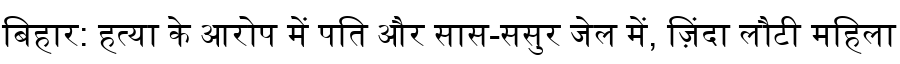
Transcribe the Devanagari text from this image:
बिहार: हत्या के आरोप में पति और सास-ससुर जेल में, ज़िंदा लौटी महिला